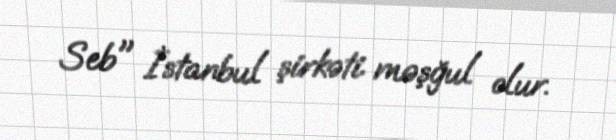
Seb" İstanbul şirkəti məşğul olur.